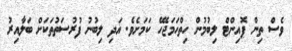
ވެސް ތިން ޕޮއިންޓް ލިބުމުން ހިތްހަމަޖެހޭ ކަމަށެވެ. އަދި ލިބުނު ފުރުސަތުތަކަށް ބަލާއިރު